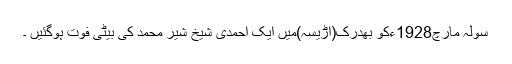
سولہ مارچ1928ءکو بھدرک(اڑیسہ)میں ایک احمدی شیخ شیر محمد کی بیٹی فوت ہوگئیں ۔